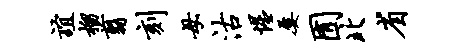
谊榴翦刻母沽惺屡囿北省